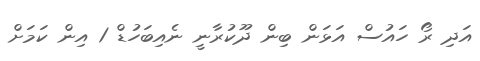
އަދި ރޯ ހައުސް އަޅަން ބިން ދޫކުރާނީ ނެއިބަހުޑް 1 އިން ކަމަށް